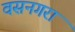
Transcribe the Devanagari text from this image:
वसनगरा